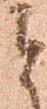
と